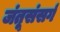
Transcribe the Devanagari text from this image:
जंतूसंसर्ग